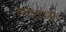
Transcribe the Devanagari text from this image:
त्यांच्याहून